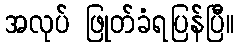
အလုပ် ဖြုတ်ခံရပြန်ပြီ။